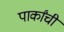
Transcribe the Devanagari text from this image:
पार्कांची